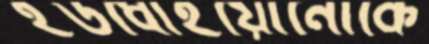
ইউধোইয়োনোকে